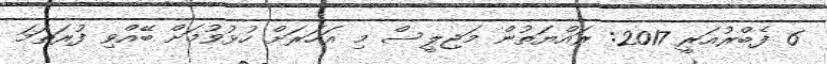
6 ފެބްރުއަރީ 2017: ރައްޔަތުން މަޖިލީސް މި އަހަރަށް ހުޅުވުމަށް ބޭއްވި ފުރަތަމަ